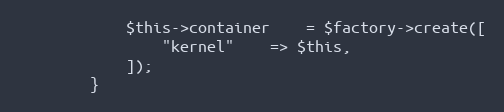
Language: PHP
            $this->container    = $factory->create([
                "kernel"    => $this,
            ]);
        }